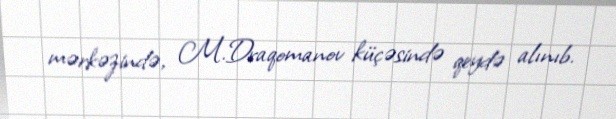
mərkəzində, M.Draqomanov küçəsində qeydə alınıb.